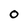
Character: O